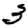
Digit: 3